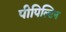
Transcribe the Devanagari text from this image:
पीपिल्टिन